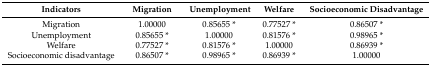
| Indicators | Migration | Unemployment | Welfare | Socioeconomic Disadvantage |
 | --- | --- | --- | --- | --- |
 | Migration | 1.00000 | 0.85655 * | 0.77527 * | 0.86507 * |
 | Unemployment | 0.85655 * | 1.00000 | 0.81576 * | 0.98965 * |
 | Welfare | 0.77527 * | 0.81576 * | 1.00000 | 0.86939 * |
 | Socioeconomic disadvantage | 0.86507 * | 0.98965 * | 0.86939 * | 1.00000 |